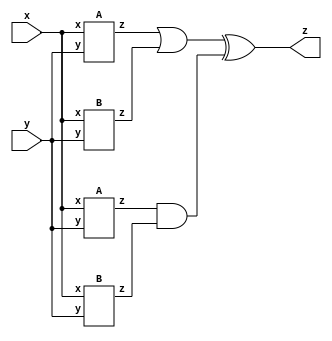
module top_module (input x, input y, output z);

    wire    ia1_z;
    wire    ia2_z;
    wire    ib1_z;
    wire    ib2_z;

    A IA1(
        .x(x),
        .y(y),
        .z(ia1_z)
    );

    A IA2(
        .x(x),
        .y(y),
        .z(ia2_z)
    );

    B IB1(
        .x(x),
        .y(y),
        .z(ib1_z)
    );

    B IB2(
        .x(x),
        .y(y),
        .z(ib2_z)
    );

    assign z = (ia1_z | ib1_z) ^ (ia2_z & ib2_z);

endmodule

module A (input x, input y, output z);

    assign z = (x^y) & x;

endmodule

module B ( input x, input y, output z );

    assign  z = (!x & !y) | (x & y);

endmodule